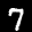
Label: 7